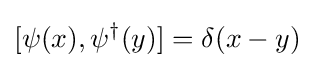
[\psi (x),\psi ^{\dagger }(y)]=\delta (x-y)